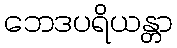
ဘေဒပရိယန္တာ